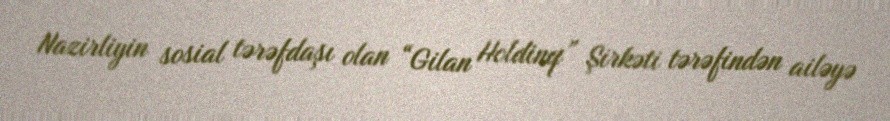
Nazirliyin sosial tərəfdaşı olan “Gilan Holdinq” Şirkəti tərəfindən ailəyə